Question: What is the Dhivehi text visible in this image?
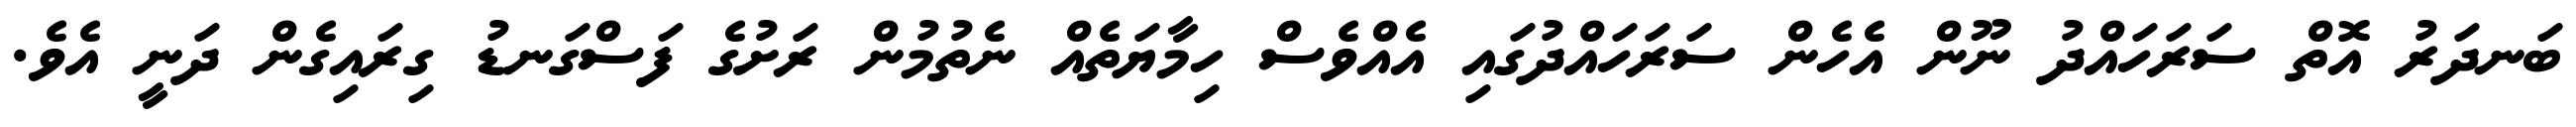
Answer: ބަނދަރު އޮތް ސަރަހައްދު ނޫން އެހެން ސަރަހައްދުގައި އެއްވެސް ހިމާޔަތެއް ނެތުމުން ރަށުގެ ފަސްގަނޑު ގިރައިގެން ދަނީ އެވެ.